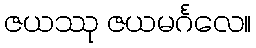
ဇယဿု ဇယမင်္ဂလေ။